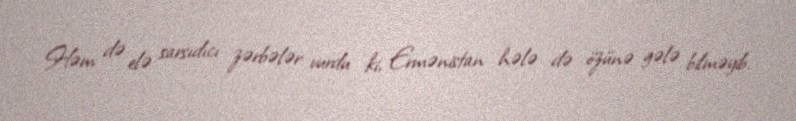
Həm də elə sarsıdıcı zərbələr vurdu ki, Ermənistan hələ də özünə gələ bilməyib.